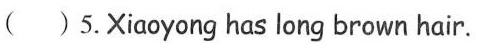
( )5.Xiāoyong has long brown hair.